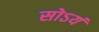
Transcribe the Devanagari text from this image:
सोऽयं